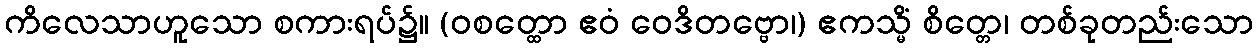
ကိလေသာဟူသော စကားရပ်၌။ (ဝစတ္ထော ဧဝံ ဝေဒိတဗ္ဗော၊) ဧကသ္မိံ စိတ္တေ၊ တစ်ခုတည်းသော